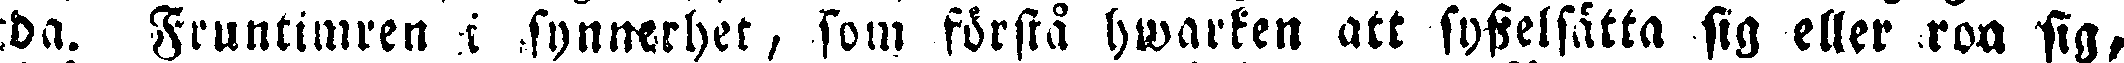
-da. Fruntimren i synnerhet, som förstå hwarken att sysselsätta sig eller roa sig,